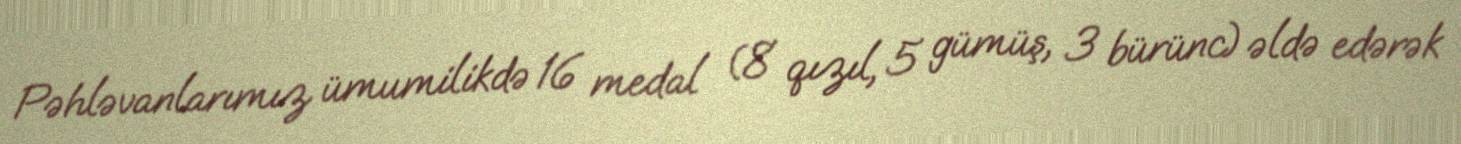
Pəhləvanlarımız ümumilikdə 16 medal (8 qızıl, 5 gümüş, 3 bürünc) əldə edərək